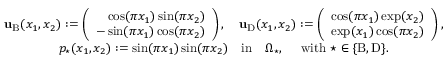
\begin{array} { c } { \mathbf { u } _ { \mathrm { B } } ( x _ { 1 } , x _ { 2 } ) : = \left( \begin{array} { r } { \cos ( \pi x _ { 1 } ) \sin ( \pi x _ { 2 } ) } \\ { - \sin ( \pi x _ { 1 } ) \cos ( \pi x _ { 2 } ) } \end{array} \right) , \quad \mathbf { u } _ { \mathrm { D } } ( x _ { 1 } , x _ { 2 } ) : = \left( \begin{array} { r } { \cos ( \pi x _ { 1 } ) \exp ( x _ { 2 } ) } \\ { \exp ( x _ { 1 } ) \cos ( \pi x _ { 2 } ) } \end{array} \right) , } \\ { p _ { \star } ( x _ { 1 } , x _ { 2 } ) : = \sin ( \pi x _ { 1 } ) \sin ( \pi x _ { 2 } ) { \quad \mathrm { i n } \quad } \Omega _ { \star } , \quad \mathrm { ~ w i t h ~ } \star \in \{ \mathrm { B } , \mathrm { D } \} . } \end{array}